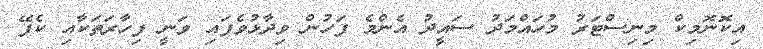
އިކޮނޮމިކް މިނިސްޓަރު މުހައްމަދު ސައީދު އެންމެ ފަހުން ވިދާޅުވެފައި ވަނީ ފިހާރަތަކާއި ކެފޭ